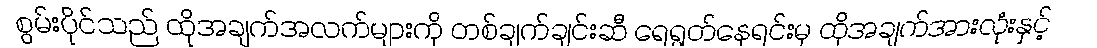
စွမ်းပိုင်သည် ထိုအချက်အလက်များကို တစ်ချက်ချင်းဆီ ရေရွတ်နေရင်းမှ ထိုအချက်အားလုံးနှင့်